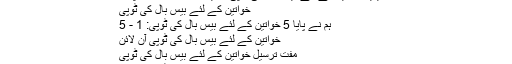
خریدیں خواتین کے لئے بیس بال کی ٹوپی دبائيں آن لائن + مفت شپنگ
خواتین کے لئے بیس بال کی ٹوپی
ہم نے پایا 5 خواتین کے لئے بیس بال کی ٹوپی: 1 - 5
خواتین کے لئے بیس بال کی ٹوپی آن لائن
مفت ترسیل خواتین کے لئے بیس بال کی ٹوپی
خریدیں خواتین کے لئے بیس بال کی ٹوپی آن لائن